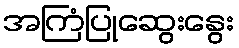
အကြံပြုဆွေးနွေး